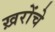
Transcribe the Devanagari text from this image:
ख़रोंचे